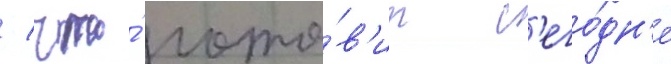
/ что́ гото́в'ит с'его́дн'я